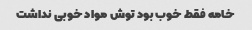
خامه فقط خوب بود توش مواد خوبی نداشت